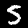
Label: 5